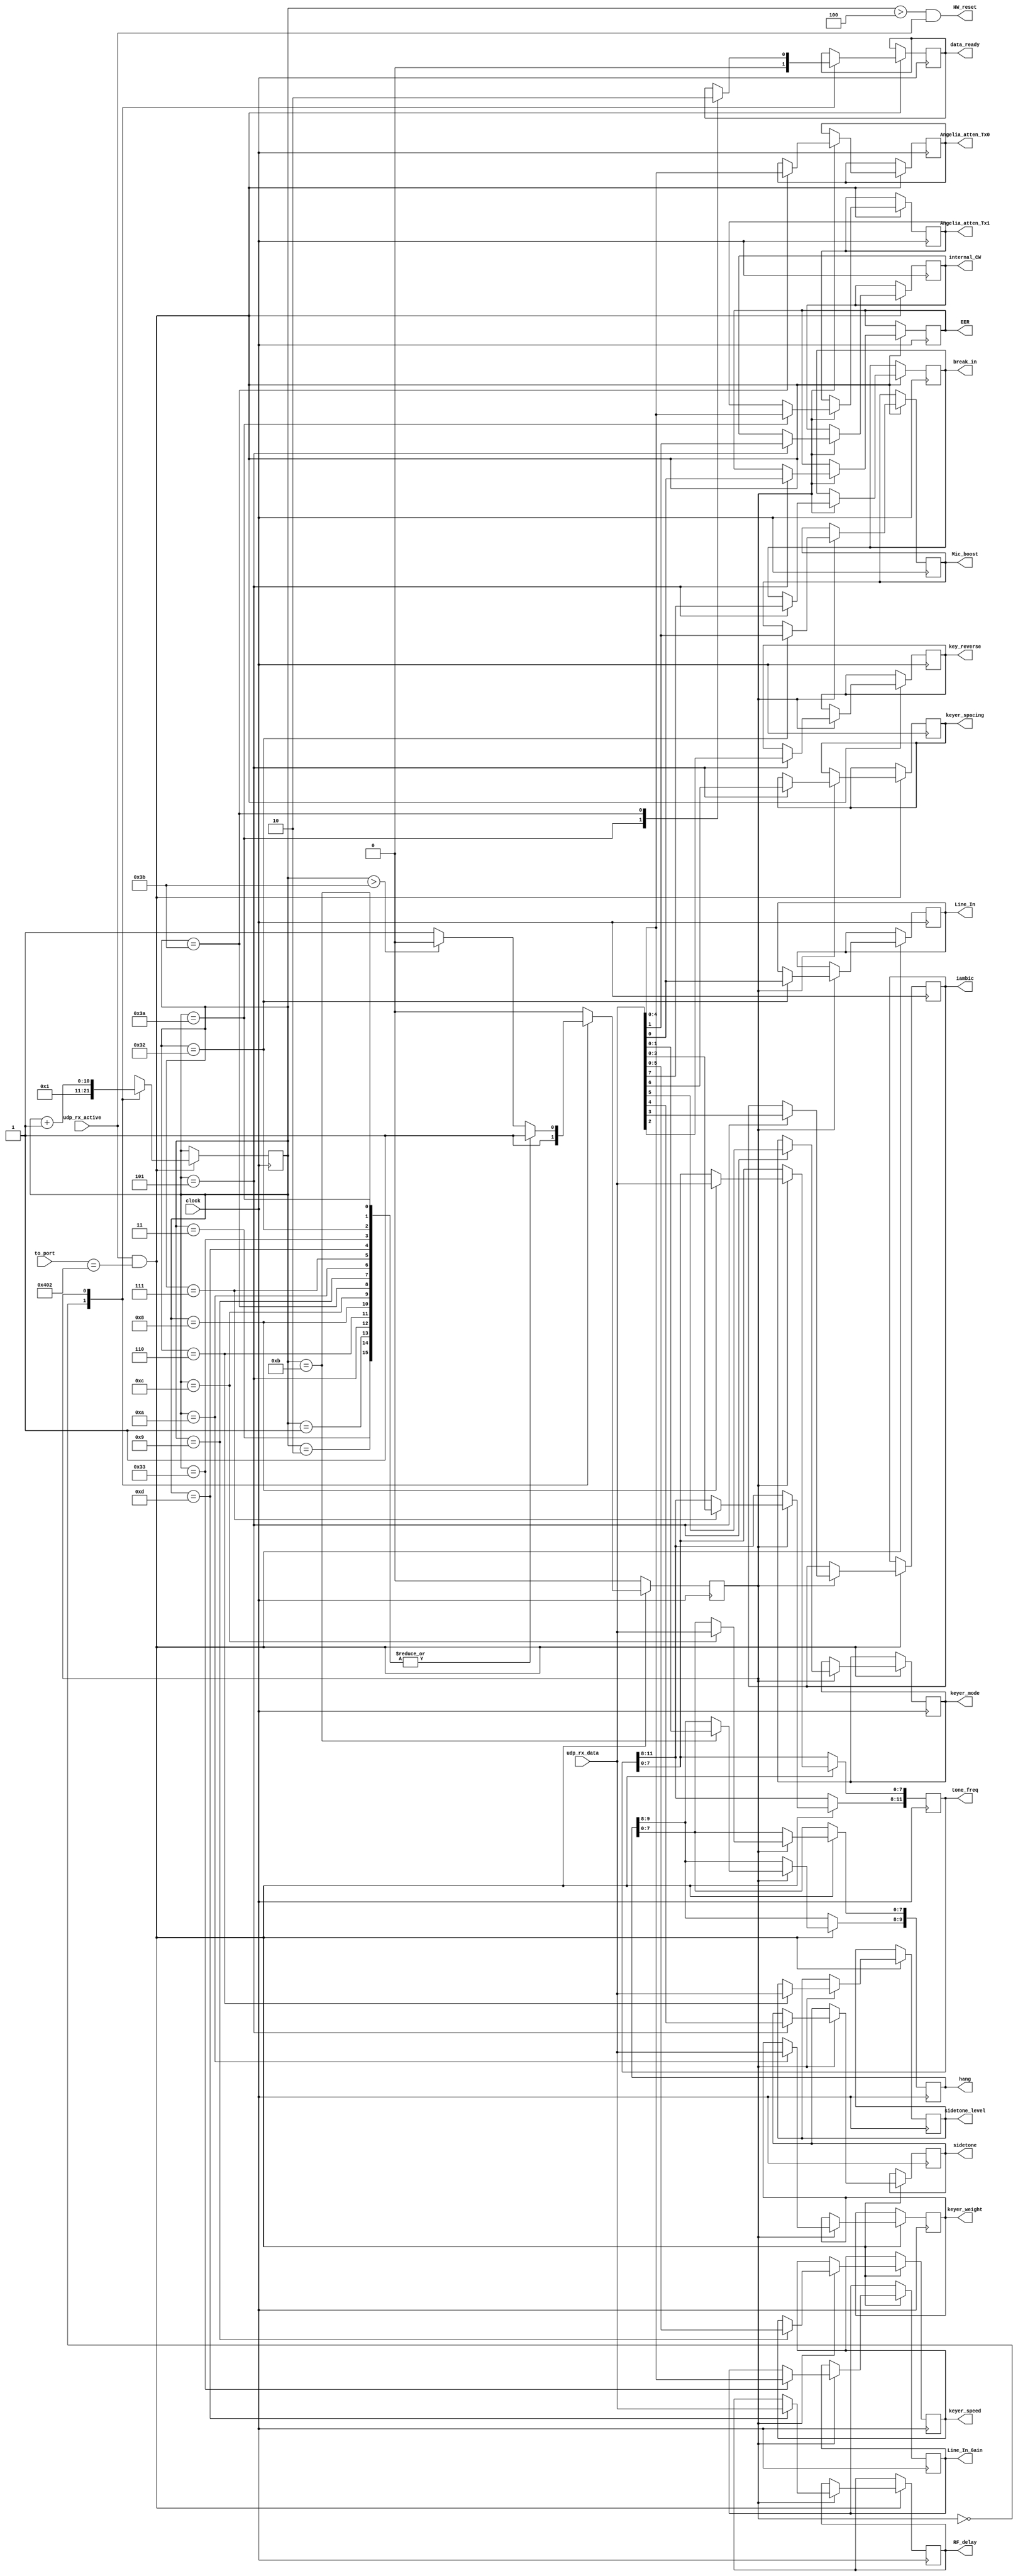
//-----------------------------------------------------------------------------
//                          CC_decoder.v
//-----------------------------------------------------------------------------

//
//  HPSDR - High Performance Software Defined Radio
//
//  
//  This program is free software; you can redistribute it and/or modify
//  it under the terms of the GNU General Public License as published by
//  the Free Software Foundation; either version 2 of the License, or
//  (at your option) any later version.
//
//  This program is distributed in the hope that it will be useful,
//  but WITHOUT ANY WARRANTY; without even the implied warranty of
//  MERCHANTABILITY or FITNESS FOR A PARTICULAR PURPOSE.  See the
//  GNU General Public License for more details.
//
//  You should have received a copy of the GNU General Public License
//  along with this program; if not, write to the Free Software
//  Foundation, Inc., 59 Temple Place, Suite 330, Boston, MA  02111-1307  USA


//  Copyright 2010, 2011, 2012, 2013, 2014  Phil Harman VK6(A)PH

// ***** need to check sequence error 

/*
	The maximum payload length in a UDP frame is 1444 bytes (without fragmentation).
	We use 4 bytes to hold the sequency number so 1440 bytes are avaialble for data.
	In which case we count the frame from 0 to 1443.
	
	When the code detects that the frame is for the C&C port (1027) then the MSB
	of the sequence number is received.  We then read the next 3 bytes to complete the 
	sequence number.  Hence at the end of the sequence number the byte_number is 2.
	
	Note that udp_rx_active will drop once the UDP packet has been received. In which case there is 
	no need to detect the end of packet. 
	
			Byte  Data

				0	Seq #	[31:24]
				1	Seq #	[23:16]
				2	Seq #	[15:8]
				3	Seq #	[7:0]
				4	Number of DACs	Max of 4
				5	Bits - Mode, CW, Reverse, Key Mode	See Below
				6	Sidetone Level 	
				7	Sidetone Frequency (Hz)	[15:8]
				8	Sidetone Frequency (Hz)	[7:0]
				9	Keyer Speed	
				10	Keyer Weight	
				11	Hang delay 	[15:8]
				12	Hang delay 	[7:0]
				13	RF Delay	
				14	Tx0 Sampling Rate	[15:8]
				15	Tx0 Sampling Rate	[7:0]
	
				50	Bits - line in, mic boost,  Orion mic	See Below
				51	Line in gain 	
				52	Step Attenuator ADC7 on Tx (0 - 31dB)	
				53	Step Attenuator ADC6 on Tx (0 - 31dB)	
				54	Step Attenuator ADC5 on Tx (0 - 31dB)	
				55	Step Attenuator ADC4 on Tx (0 - 31dB)	
				56	Step Attenuator ADC3 on Tx (0 - 31dB)	
				57	Step Attenuator ADC2 on Tx (0 - 31dB)	
				58	Step Attenuator ADC1 on Tx (0 - 31dB)	
				59	Step Attenuator ADC0 on Tx (0 - 31dB)	
						
						
				Bits - Mode, CW, Reverse, Key Mode	
				[0] = EER	
				[1] = CW	
				[2] = Reverse CW Keys	
				[3] = Iambic	
				[4] = Sidetone	
				[5] = Mode B	
				[6] = Strict Character Spacing	
				[7] = Break_in	
					
					
				Bits - line in, mic boost,  Orion mic	
				[0] = Line in 	
				[1] = Mic Boost	
				[2] =  0 =  Orion mic PTT enabled, 1 = Orion mic PTT disabled	
				[3] = 0 = Orion mic ptt to ring and mic/mic bias to tip, 1 = Orion mic ptt to tip and mic/mic bias to ring	
				[4] = 0 = disables Orion mic bias, 1 = enables Orion microphone bias	
				
*/				

module Tx_specific_CC 
			( 	
				input clock,
				input [15:0] to_port,
				input udp_rx_active,
				input [7:0] udp_rx_data,
				output reg EER,
				output reg internal_CW,
				output reg key_reverse, 
				output reg iambic,
				output reg sidetone, 
				output reg keyer_mode, 
				output reg keyer_spacing,
				output reg break_in, 						
				output reg [7:0]sidetone_level, 
				output reg [11:0]tone_freq, 
				output reg [5:0]keyer_speed,	
				output reg [7:0]keyer_weight,
				output reg [9:0]hang, 
				output reg [7:0]RF_delay,
				output reg Line_In,
				output reg [4:0]Line_In_Gain,
				output reg Mic_boost,
				output reg [4:0]Angelia_atten_Tx1,
				output reg [4:0]Angelia_atten_Tx0,
				output reg data_ready,
				output     HW_reset

			);
			
parameter port = 16'd1026; 			

localparam 
				IDLE = 1'd0,
				PROCESS = 1'd1;
			
reg [31:0] CC_sequence_number;
reg [10:0] byte_number;
reg [31:0] temp_Rx1_frequency;
reg [31:0] temp_Rx2_frequency;
reg [31:0] temp_Tx1_frequency;

reg state;

			
always @(posedge clock)
begin
  if (udp_rx_active && to_port == port)				// look for to_port = 1026
    case (state)
      IDLE:	
				begin
				data_ready <= 0;
				byte_number <= 11'd1;    // since byte 0 is received here 
				CC_sequence_number <= {CC_sequence_number[31-8:0], udp_rx_data};  //save MSB of sequence number
				state <= PROCESS;
				end 
			
		PROCESS:
			begin
				case (byte_number) 	//save balance of sequence number
				  1,2,3: CC_sequence_number <= {CC_sequence_number[31-8:0], udp_rx_data};

					   5: begin
								EER 						<= udp_rx_data[0];
								internal_CW 			<= udp_rx_data[1];
								key_reverse 			<= udp_rx_data[2];
								iambic 					<= udp_rx_data[3];
							   sidetone 				<= udp_rx_data[4];
							   keyer_mode	 			<= udp_rx_data[5];
							   keyer_spacing 			<= udp_rx_data[6];
								break_in 				<= udp_rx_data[7];						
							 end
						6: sidetone_level 			<= udp_rx_data;
					   7: tone_freq[11:8]   		<= udp_rx_data[3:0];
					   8: tone_freq[7:0]	   		<= udp_rx_data;
						9: keyer_speed[5:0]			<= udp_rx_data[5:0];
					  10: keyer_weight				<= udp_rx_data;
					  11: hang[9:8]					<= udp_rx_data[1:0];
					  12: hang[7:0]					<= udp_rx_data;
					  13: RF_delay						<= udp_rx_data;

					 
					  50: begin 
								Line_In 					<= udp_rx_data[0];
								Mic_boost				<= udp_rx_data[1];
							end
					  51: Line_In_Gain[4:0]			<= udp_rx_data[4:0];	
					  58: begin
								Angelia_atten_Tx1[4:0]	<= udp_rx_data[4:0];
								data_ready <= 1'b1;
							end 
					  59: begin 
								Angelia_atten_Tx0[4:0]	<= udp_rx_data[4:0];
								data_ready <= 1'b0;
							end 
									  
			   default: if (byte_number > 11'd59) state <= IDLE;  // change this when increasing data size
			   endcase  
		  
				byte_number <= byte_number + 11'd1;
			end
		default: state <= IDLE;
		endcase 
	else state <= IDLE;	

end	

// inhibit HW_reset if Ethernet data stops 
assign HW_reset = (byte_number > 4  && udp_rx_active);
	
			
endmodule